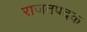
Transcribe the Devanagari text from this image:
राजतपदक